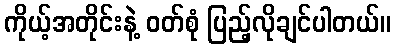
ကိုယ့်အတိုင်းနဲ့ ဝတ်စုံ ပြည့်လိုချင်ပါတယ်။